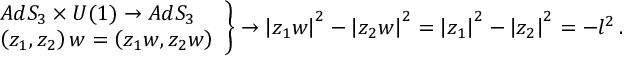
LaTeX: \begin{array} { l l l l } { { } } & { { } } & { { \nonumber } } \\ { { } } & { { } } & { { \left. \begin{array} { l l l l } { { } } & { { } } & { { A d S _ { 3 } \times U ( 1 ) \rightarrow A d S _ { 3 } } } \\ { { } } & { { } } & { { \left( z _ { 1 } , z _ { 2 } \right) w = \left( z _ { 1 } w , z _ { 2 } w \right) } } \end{array} \right\} \rightarrow \left| z _ { 1 } w \right| ^ { 2 } - \left| z _ { 2 } w \right| ^ { 2 } = \left| z _ { 1 } \right| ^ { 2 } - \left| z _ { 2 } \right| ^ { 2 } = - l ^ { 2 } \, . } } \end{array}